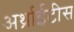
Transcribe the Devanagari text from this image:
अर्थ्राईटीस